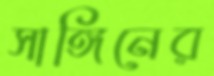
সাঙ্গিনের